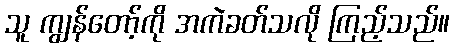
သူ ကျွန်တော့်ကို အကဲခတ်သလို ကြည့်သည်။